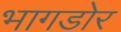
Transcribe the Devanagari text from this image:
भागडोर